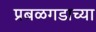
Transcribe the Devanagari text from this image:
प्रबळगडाच्या